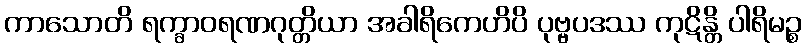
ကာသောတိ ရက္ခာဝရဏဂုတ္တိယာ အခါရိကေဟိပိ ပုဗ္ဗပဒဿ ကုဋိန္တိ ပါရိမဉ္စ